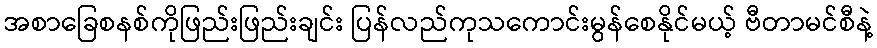
အစာခြေစနစ်ကိုဖြည်းဖြည်းချင်း ပြန်လည်ကုသကောင်းမွန်စေနိုင်မယ့် ဗီတာမင်စီနဲ့